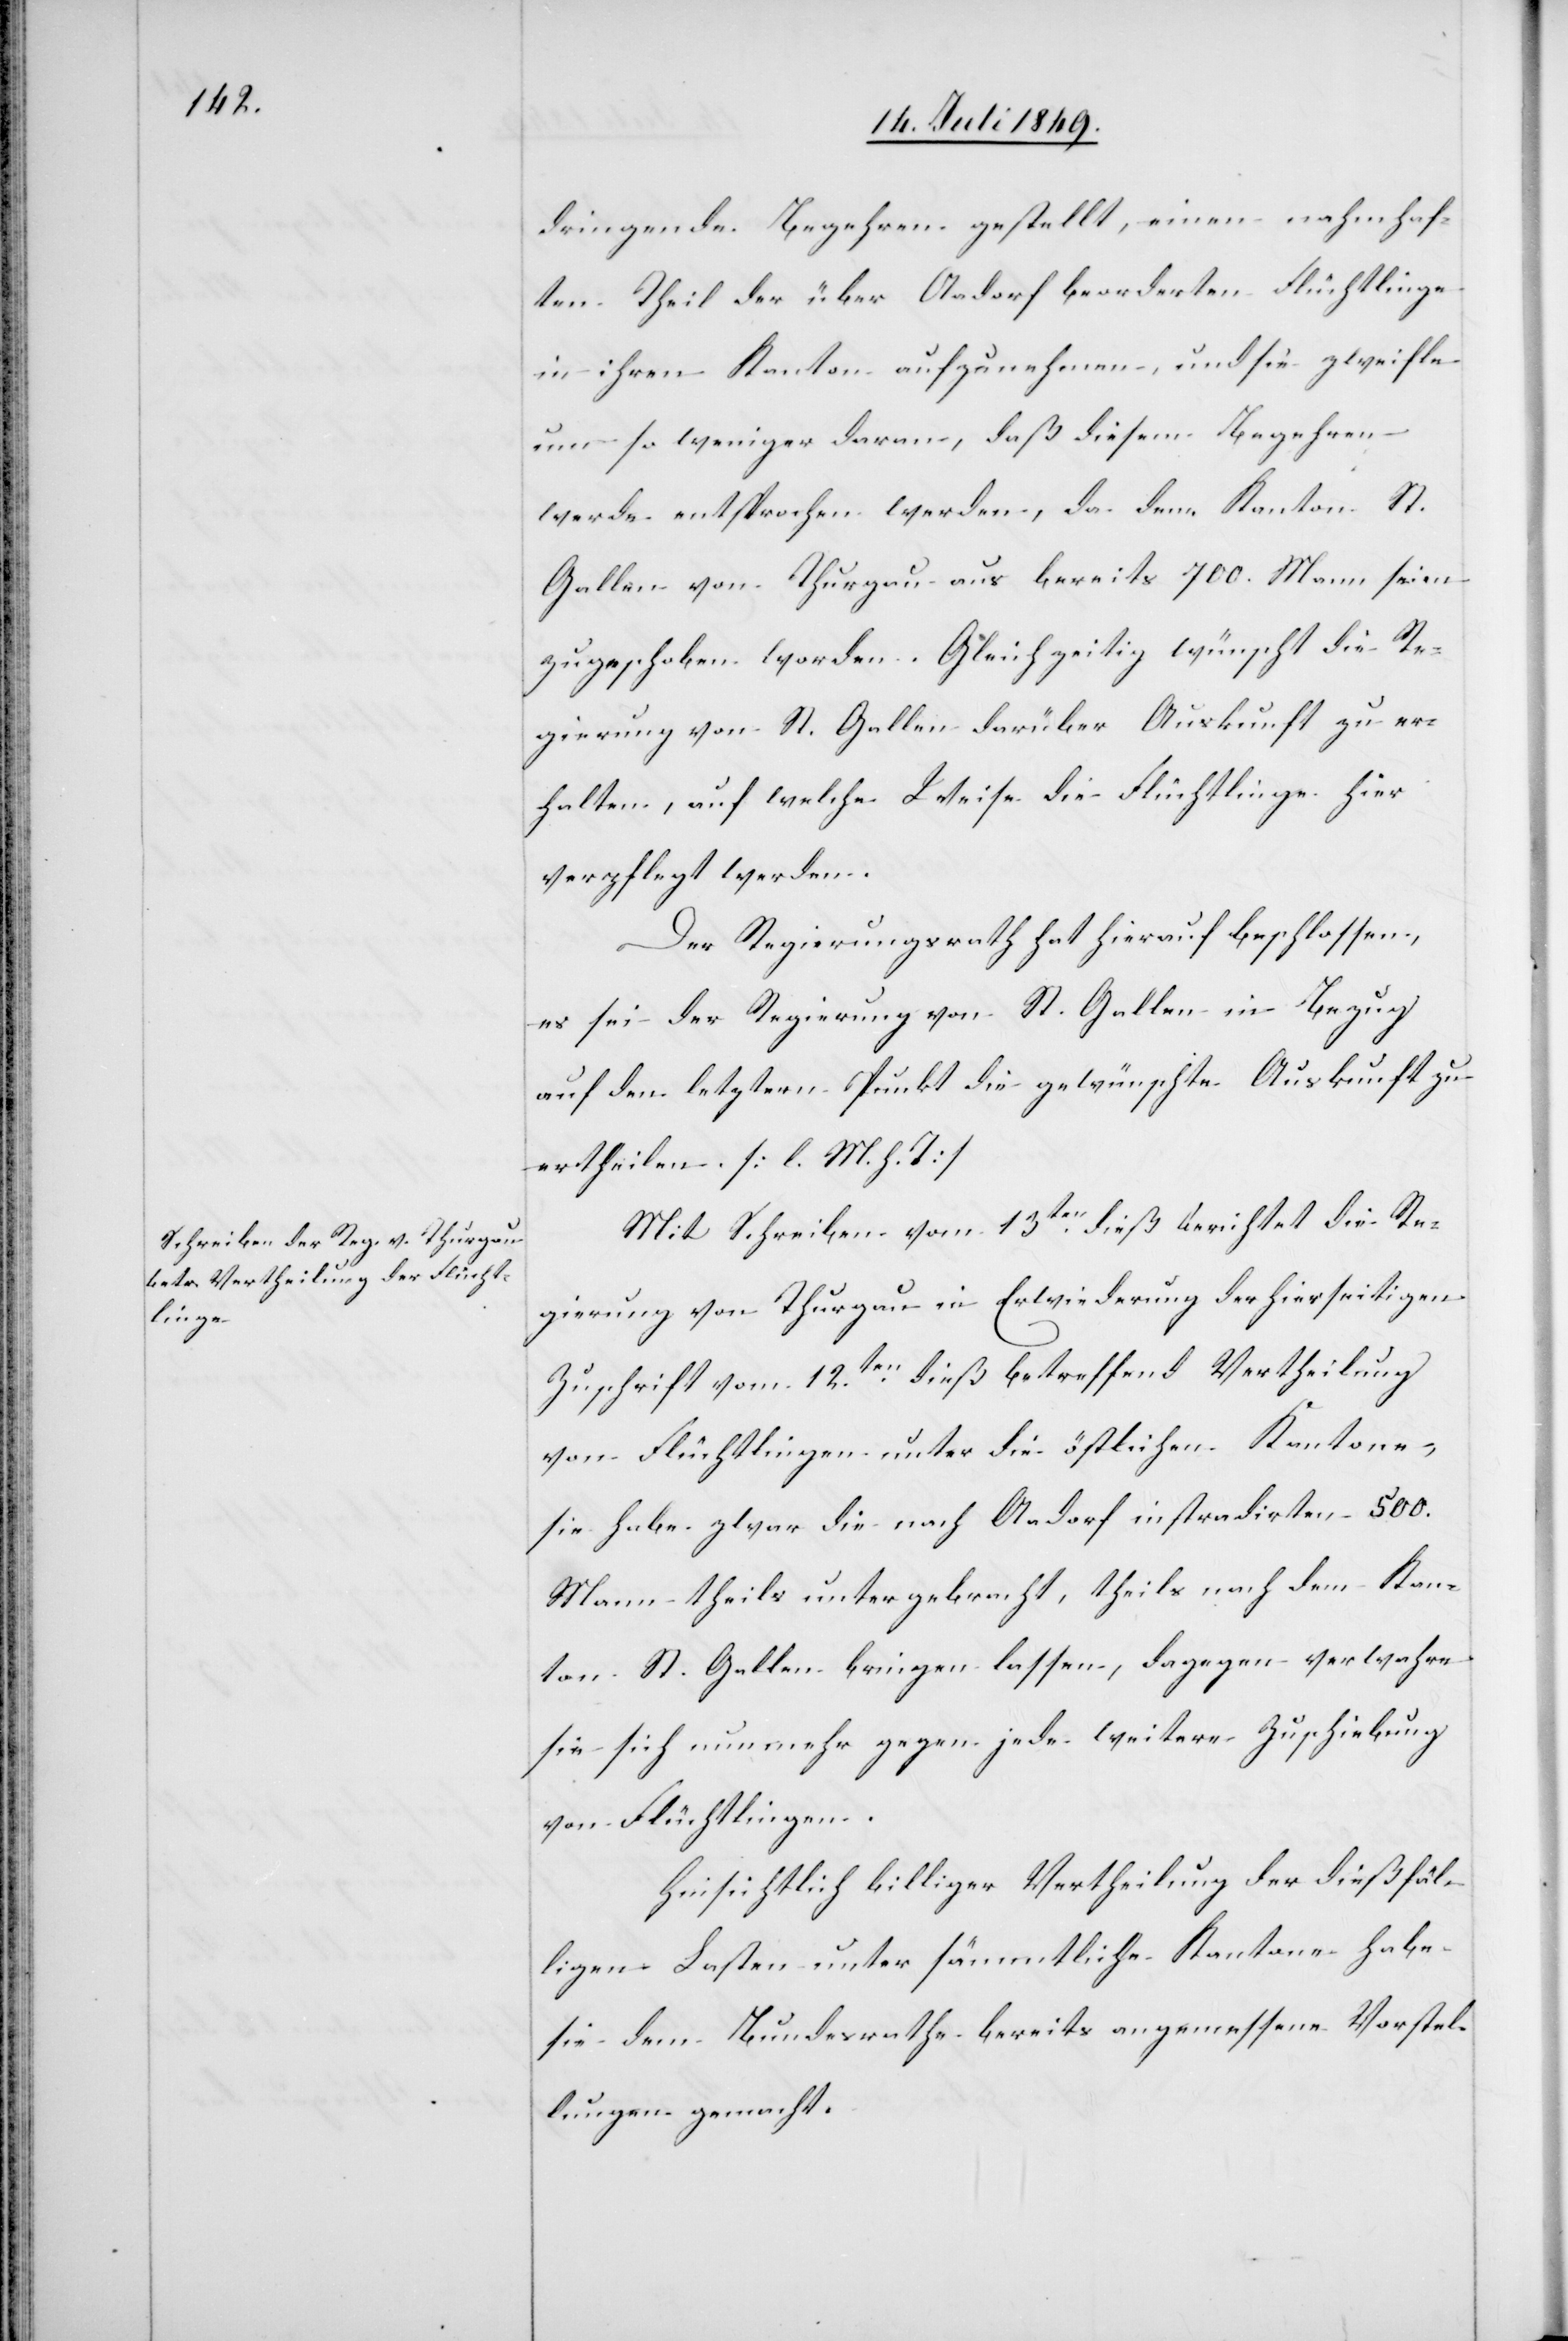
dringende Begehren gestellt, einen nahmhaf¬
ten Theil der über Aadorf beorderten Flüchtlinge
in ihren Kanton aufzunehmen, und sie zweifle
um so weniger daran, daß diesem Begehren
werde entsprochen werden, da dem Kanton St.
Gallen von Thurgau aus bereits 700. Mann seien
zugeschoben worden. Gleichzeitig wünscht die Re¬
gierung von St. Gallen darüber Auskunft zu er¬
halten, auf welche Weise die Flüchtlinge hier
verpflegt werden.
Der Regierungsrath hat hierauf beschlossen,
es sei der Regierung von St. Gallen in Bezug
auf den letztern Punkt die gewünschte Auskunft zu
ertheilen. [l. M. h. T]
Mit Schreiben vom 13ten dieß berichtet die Re¬
gierung von Thurgau in Erwiederung der hierseitigen
Zuschrift vom 12ten dieß betreffend Vertheilung
von Flüchtlingen unter die östlichen Kantone,
sie habe zwar die nach Aadorf instradirten 500.
Mann theils untergebracht, theils nach dem Kan¬
ton St. Gallen bringen lassen, dagegen verwahre
sie sich nunmehr gegen jede weitere Zuschiebung
von Flüchtlingen.
Hinsichtlich billiger Vertheilung der dießfäl¬
ligen Lasten unter sämmtliche Kantone habe
sie dem Bundesrathe bereits angemessene Vorstel¬
lungen gemacht.